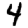
Digit: 4